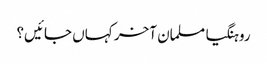
روہنگیا مسلمان آخر کہاں جائیں؟